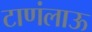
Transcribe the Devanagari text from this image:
टाणंलाऊ